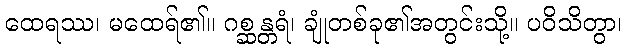
ထေရဿ၊ မထေရ်၏။ ဂစ္ဆန္တရံ၊ ချုံတစ်ခု၏အတွင်းသို့။ ပဝိသိတွာ၊